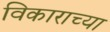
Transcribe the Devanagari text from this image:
विकाराच्या